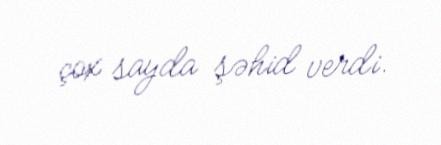
çox sayda şəhid verdi.